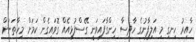
ހާއިރު ހިނގި މި އަލިފާނުގެ ހާދިސާ ހިންގާފައިވަނީ ގޭސްފުޅިއެއް ގޮވައިގެން ކަމަށް މިހާތަނަށް